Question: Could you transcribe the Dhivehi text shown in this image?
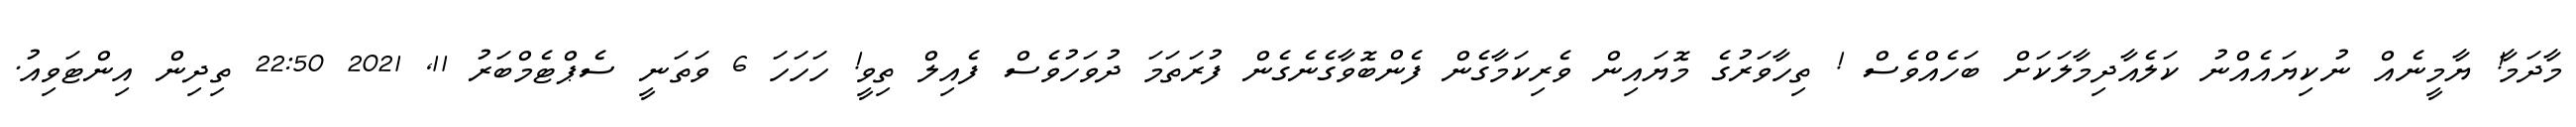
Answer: މާދަމާ! ޔާމީނެއް ނުކިޔައެއްނު ކަލެއާދިމާލަކަށް ބަހެއްވެސް ! ތިހާވަރުގެ މޮޔައިން ވެރިކަމާގެން ފެންބޮވާގެނެގެން ފުރަތަމަ ދުވަހުވެސް ފެއިލް ތިވީ! ހަހަހަ 6 ވަތަނީ ސެޕްޓެމްބަރު 11, 2021 22:50 ތިދިން އިންޓަވިއު.